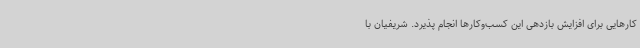
کارهایی برای افزایش بازدهی این کسب‌وکارها انجام پذیرد. شریفیان با